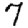
Digit: 7